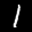
Label: 1